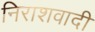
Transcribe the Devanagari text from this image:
निराशवादी